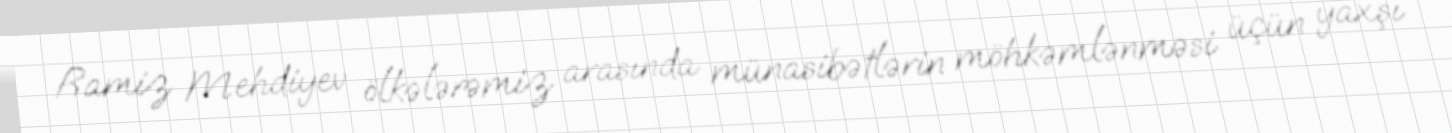
Ramiz Mehdiyev ölkələrəmiz arasında münasibətlərin möhkəmlənməsi üçün yaxşı